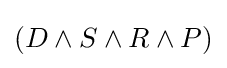
\left(D\wedge S\wedge R\wedge P\right)